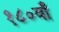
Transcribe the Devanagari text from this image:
१८०वाँ